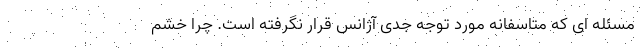
مسئله ای که متاسفانه مورد توجه جدی آژانس قرار نگرفته است. چرا خشم